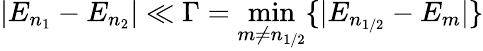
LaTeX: |E_{n_{1}}-E_{n_{2}}|\ll\Gamma=\operatorname*{min}_{m\neq n_{1/2}}\{ |E_{n_{1/2}}-E_{m}|\}